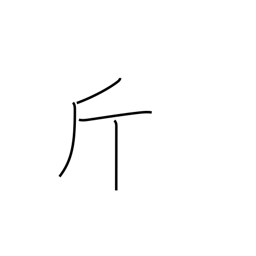
Meaning: catty